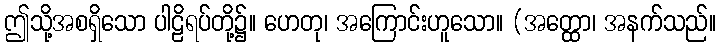
ဤသို့အစရှိသော ပါဠိရပ်တို့၌။ ဟေတု၊ အကြောင်းဟူသော။ (အတ္ထော၊ အနက်သည်။